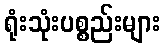
ရုံးသုံးပစ္စည်းများ